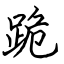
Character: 跪